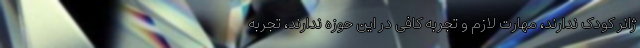
ژانر کودک ندارند، مهارت لازم و تجربه کافی در این حوزه ندارند، تجربه